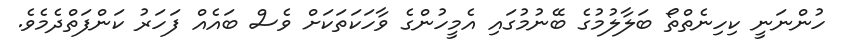
ހުންނަނީ ކިހިނެތްތޯ ބަލާލުމުގެ ބޭނުމުގައި އެމީހުންގެ ވާހަކަތަކަށް ވެސް ބައެއް ފަހަރު ކަންފަތްދެމެވެ.